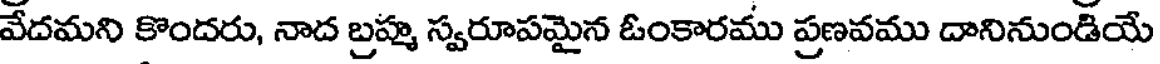
వేదమని కొందరు, నాద బ్రహ్మ స్వరూపమైన ఓంకారము ప్రణవము దానినుండియే